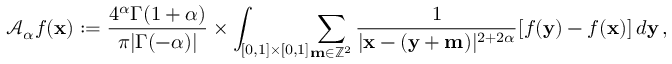
\mathcal { A } _ { \alpha } f ( \mathbf { x } ) : = \frac { 4 ^ { \alpha } \Gamma ( 1 + \alpha ) } { \pi | \Gamma ( - \alpha ) | } \times \int _ { [ 0 , 1 ] \times [ 0 , 1 ] } \! \sum _ { \mathbf { m } \in \mathbb { Z } ^ { 2 } } \frac { 1 } { | \mathbf { x } - ( \mathbf { y } + \mathbf { m } ) | ^ { 2 + 2 \alpha } } \lbrack f ( \mathbf { y } ) - f ( \mathbf { x } ) \rbrack \, d \mathbf { y } \, ,